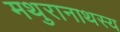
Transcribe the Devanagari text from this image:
मथुरानाथस्य